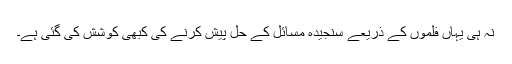
نہ ہی یہاں فلموں کے ذریعے سنجیدہ مسائل کے حل پیش کرنے کی کبھی کوشش کی گئی ہے۔